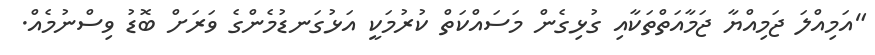
"އަމިއްލަ ޖަމިއްޔާ ޖަމާއަތްތަކާއި ގުޅިގެން މަސައްކަތް ކުރުމަކީ އަޅުގަނޑުމެންގެ ވަރަށް ބޮޑު ވިސްނުމެއް.